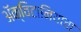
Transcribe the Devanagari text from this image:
ॲक्विटानियाचा